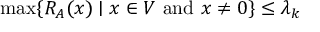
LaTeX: \operatorname* { m a x } \{ R _ { A } ( x ) \mid x \in V { \mathrm { ~ a n d ~ } } x \neq 0 \} \leq \lambda _ { k }